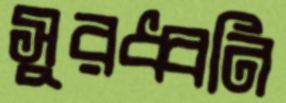
সুরধ্বনি